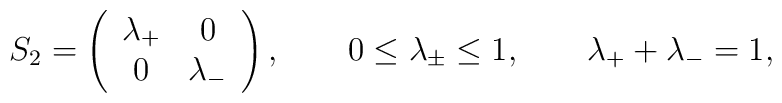
S_2=\left( \begin{array}{cc} \lambda_+ & 0 \\0 & \lambda_- \end{array} \right), \qquad0 \le \lambda_\pm \le 1, \qquad \lambda_+ +\lambda_- =1,